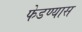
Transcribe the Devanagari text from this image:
फेडण्यास